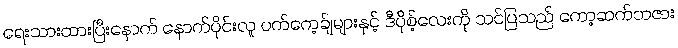
ရေးသားထားပြီးနောက် နောက်ပိုင်းလူ ပက်ကေ့ခ်ျများနှင့် ဒီပိုစ့်လေးကို သင်ပြသည် ကော့ဆက်ဘဇား